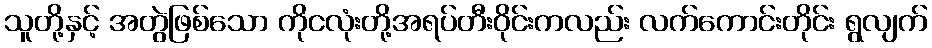
သူတို့နှင့် အတွဲဖြစ်သော ကိုငလုံးတို့အရပ်တီးဝိုင်းကလည်း လက်ကောင်းတိုင်း ရွလျက်